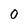
Character: 0